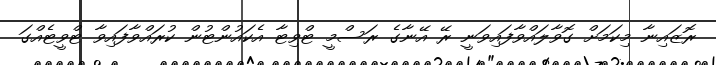
ރޮޒައިނާ މިކަމަށް ގޮވާލައްވާފައިވަނީ ރޭ އޭނާގެ ރަސްމީ ޓްވިޓާ އެކައުންޓުން ކުރައްވާފައިވާ ޓްވީޓެއްގަ